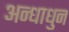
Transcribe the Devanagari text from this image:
अन्धाधुन